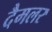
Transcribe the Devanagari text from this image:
दैमलर